Annual report of the Punjab Veterinary College and of the Civil Veterinary Department, Punjab - 1894-1908
Year: 1894
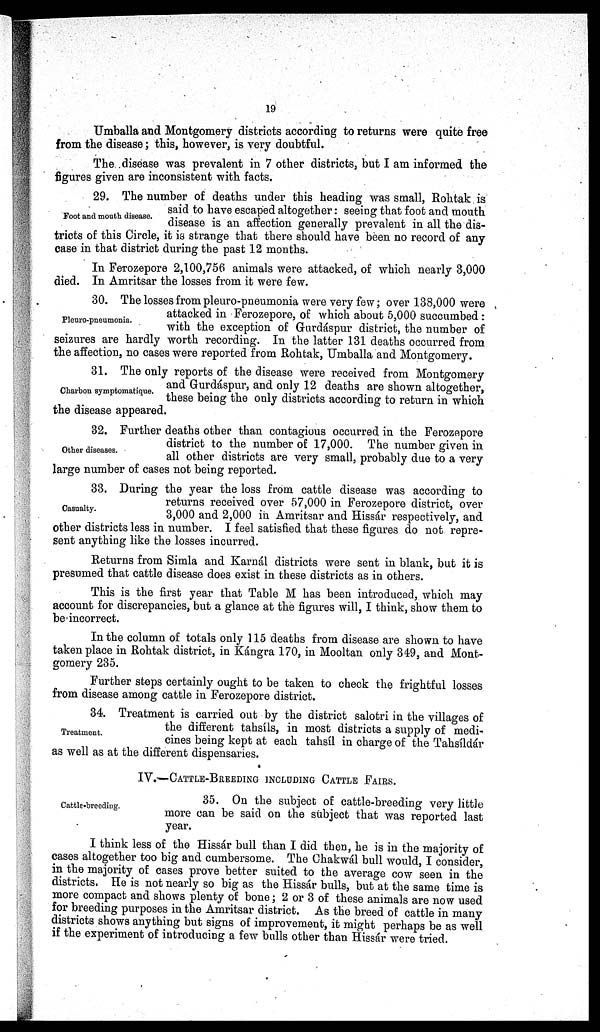
19
Umballa and Montgomery districts according to returns were quite free
from the disease; this, however, is very doubtful.
The disease was prevalent in 7 other districts, but I am informed the
figures given are inconsistent with facts.
Foot and mouth disease.
29. The number of deaths under this heading was small, Rohtak is
said to have escaped altogether: seeing that foot and mouth
disease is an affection generally prevalent in all the dis-
tricts of this Circle, it is strange that there should have been no record of any
case in that district during the past 12 months.
In Ferozepore 2,100,756 animals were attacked, of which nearly 3,000
died. In Amritsar the losses from it were few.
Pleuro-pneumonia.
30. The losses from pleuro-pneumonia were very few; over 138,000 were
attacked in Ferozepore, of which about 5,000 succumbed:
with the exception of Gurdáspur district, the number of
seizures are hardly worth recording. In the latter 131 deaths occurred from
the affection, no cases were reported from Rohtak, Umballa and Montgomery.
Charbon symptomatique.
31. The only reports of the disease were received from Montgomery
and Gurdáspur, and only 12 deaths are shown altogether,
these being the only districts according to return in which
the disease appeared.
Other diseases.
32. Further deaths other than contagious occurred in the Ferozepore
district to the number of 17,000. The number given in
all other districts are very small, probably due to a very
large number of cases not being reported.
Casualty.
33. During the year the loss from cattle disease was according to
returns received over 57,000 in Ferozepore district, over
3,000 and 2,000 in Amritsar and Hissár respectively, and
other districts less in number. I feel satisfied that these figures do not repre-
sent anything like the losses incurred.
Returns from Simla and Karnál districts were sent in blank, but it is
presumed that cattle disease does exist in these districts as in others.
This is the first year that Table M has been introduced, which may
account for discrepancies, but a glance at the figures will, I think, show them to
be incorrect.
In the column of totals only 115 deaths from disease are shown to have
taken place in Rohtak district, in Kángra 170, in Mooltan only 349, and Mont-
gomery 235.
Further steps certainly ought to be taken to check the frightful losses
from disease among cattle in Ferozepore district.
Treatment.
34. Treatment is carried out by the district salotri in the villages of
the different tahsíls, in most districts a supply of medi-
cines being kept at each tahsíl in charge of the Tahsíldár
as well as at the different dispensaries.
IV.—Cattle-Breeding including Cattle Fairs.
Cattle-breeding.
35. On the subject of cattle-breeding very little
more can be said on the subject that was reported last
year.
I think less of the Hissár bull than I did then, he is in the majority of
cases altogether too big and cumbersome. The Chakwál bull would, I consider,
in the majority of cases prove better suited to the average cow seen in the
districts. He is not nearly so big as the Hissár bulls, but at the same time is
more compact and shows plenty of bone; 2 or 3 of these animals are now used
for breeding purposes in the Amritsar district. As the breed of cattle in many
districts shows anything but signs of improvement, it might perhaps be as well
if the experiment of introducing a few bulls other than Hissár were tried.